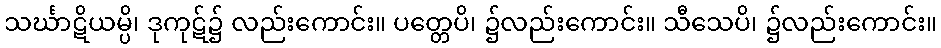
သင်္ဃာဋိယမ္ပိ၊ ဒုကုဋ်၌ လည်းကောင်း။ ပတ္တေပိ၊ ၌လည်းကောင်း။ သီသေပိ၊ ၌လည်းကောင်း။